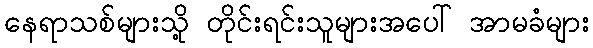
နေရာသစ်များသို့ တိုင်းရင်းသူများအပေါ် အာမခံများ